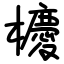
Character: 櫦